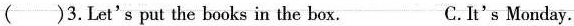
()3.Let's put the books in the box. C.It's Monday.